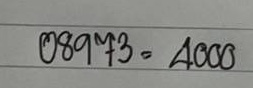
08973 = 4000